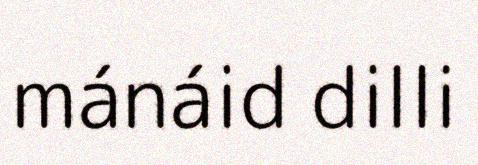
mánáid dilli